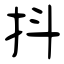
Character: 抖